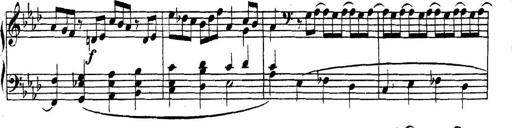
Title: Collected Piano Sonatas
Composer: Muzio Clementi